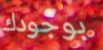
بوجودك